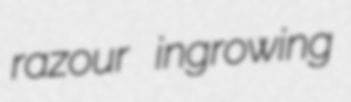
razour ingrowing